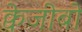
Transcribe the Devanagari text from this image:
क्वेजीबो